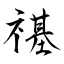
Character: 禥